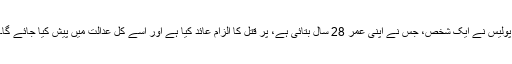
پولیس نے ایک شخص، جس نے اپنی عمر 28 سال بتائی ہے، پر قتل کا الزام عائد کیا ہے اور اسے کل عدالت میں پیش کیا جائے گا۔